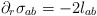
\begin{align*} \partial_r \sigma_{ab} = -2 l_{ab} \end{align*}